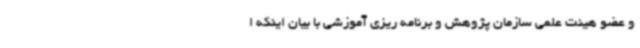
و عضو هیئت علمی سازمان پژوهش و برنامه ریزی آموزشی با بیان اینکه ا